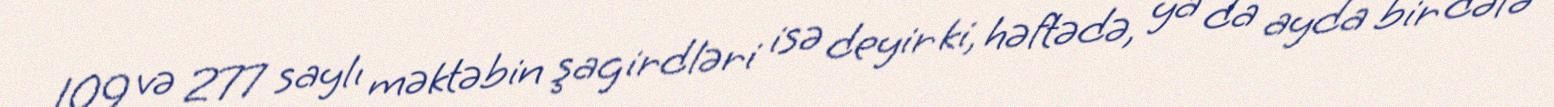
109 və 277 saylı məktəbin şagirdləri isə deyir ki, həftədə, ya da ayda bir dəfə